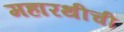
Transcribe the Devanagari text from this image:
महारथीची